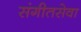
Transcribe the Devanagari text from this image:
संगीतसेवा